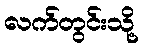
လက်တွင်းသို့